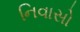
નિવાસો